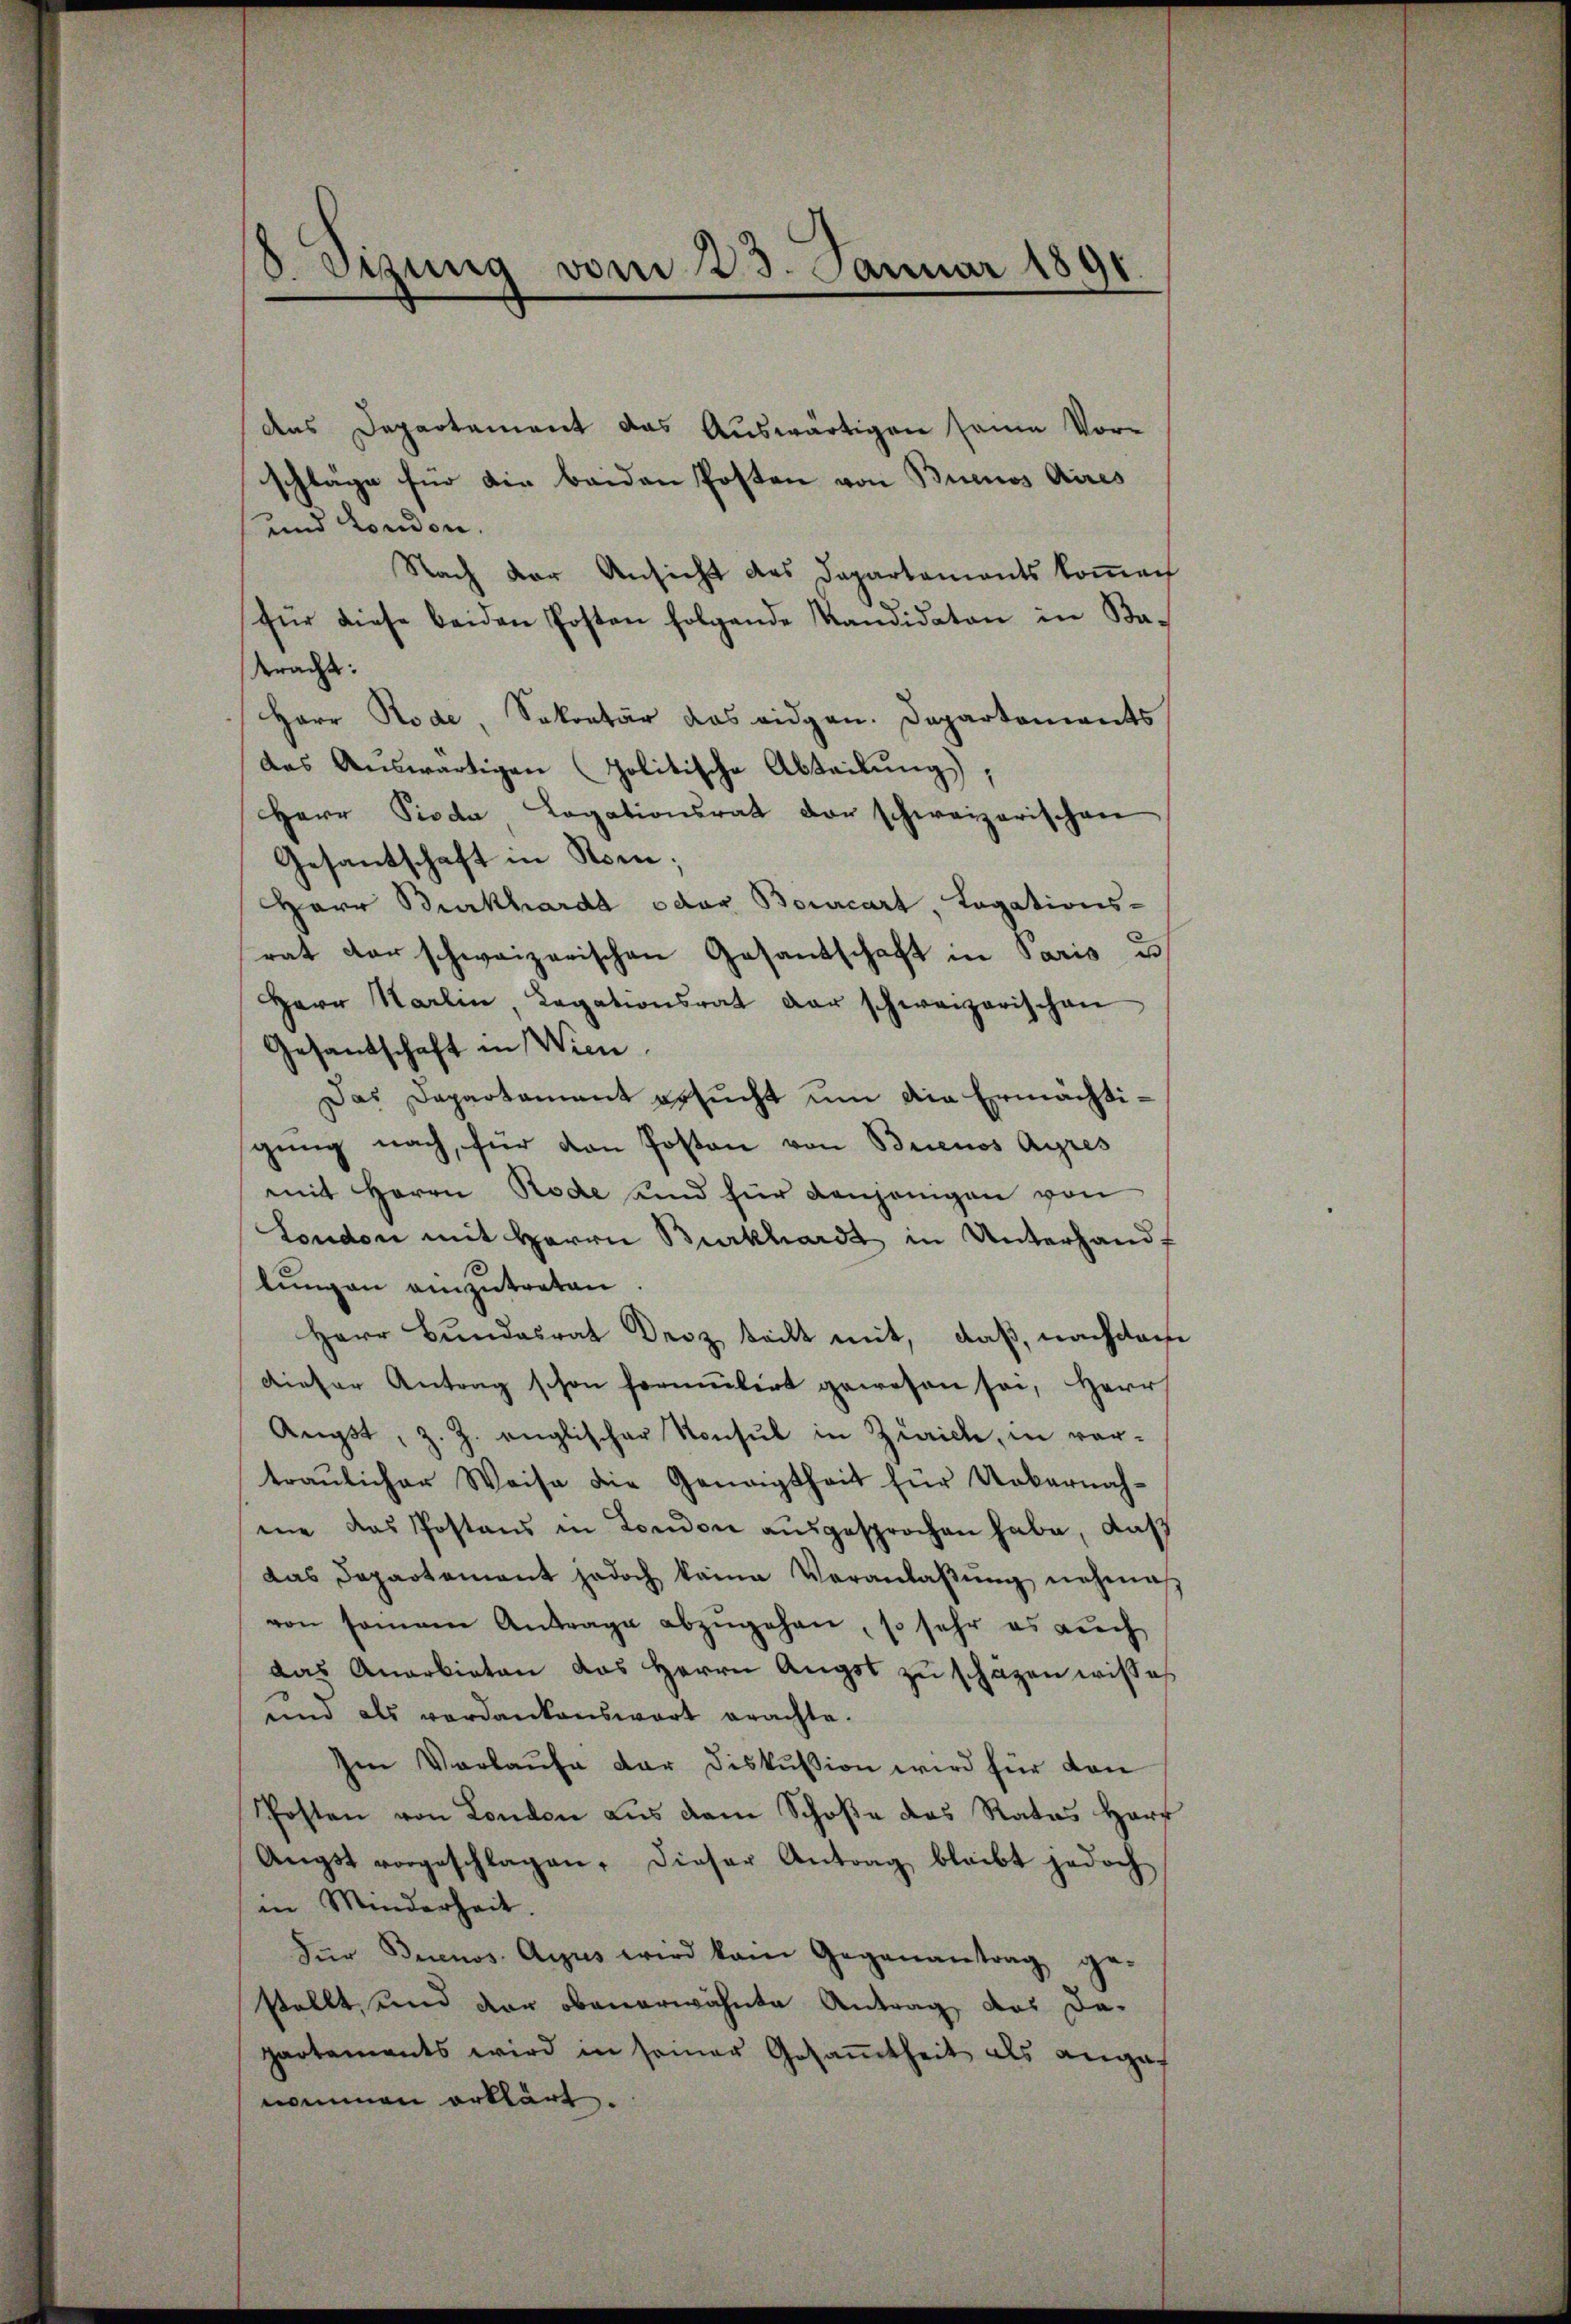
das Departement das Auswärtigen seine Vorschlage für die beiden Posten von Buenos Aires
und London.
Nach der Ansicht des Departements koṁech
für diese beiden Posten folgende Kandidaten in Ba-
bracht:
Herr Rode Sokontär das eidgen. Departements
das Auswärtigen politische Abteilung),
Herr Pioda Legationsrat der schweizerischen
Gesantschaft in Rom;
Herr Burkhardt oder Bourcart, Lagations-
rat der schweizerischen Gesandschaft in Paris u
Herr Karlin, Legationsrat der schweizerischen
Gesandschaft in Wien.
Das Dapartament gesucht um die Ermächtigung nach, für den Posten von Buenos Ayres
mit Herrn Rode und für anhängen von
London mit Herrn Burkhardt in Unterhandlŭngen einzutreten.
Herr Bundesrat Droz teilt mit, daß, nachdem
dieser Antrag schon formulirt gewesen sei, Herr
Angst, z. Z. englischer Konsul in Zürich, in vor-
traŭlicher Weise die Geneigtheit für Uebernah-
me das Postens in London ausgesprochen habe, daß
das Departement jedoch keine Veranlaβŭng nehmaβ
von samann Antrage abzŭgehen, so sehr es auch
das Anarbieten das Herrn Augst zu schazen wisses
und als verdankenswart erachte.
Im Verlaŭfe dar diskussion wird für den
Posten von London aus dem Schoße das Rates Harz
Aŭgst vorgeschlagen, dieser Antrag bleibt jedoch
in Minderheit.
Für Buenos Ayjus wird kam Gegenantrag ge-
stellt, und der obenerwähnte Antrag das Da-
partaments wird in seiner Gesamtheit als anges
nommen erklärt.

8. Sizung vom 23. Januar 1891.